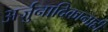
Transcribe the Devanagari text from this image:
अर्जुनादिकानाही